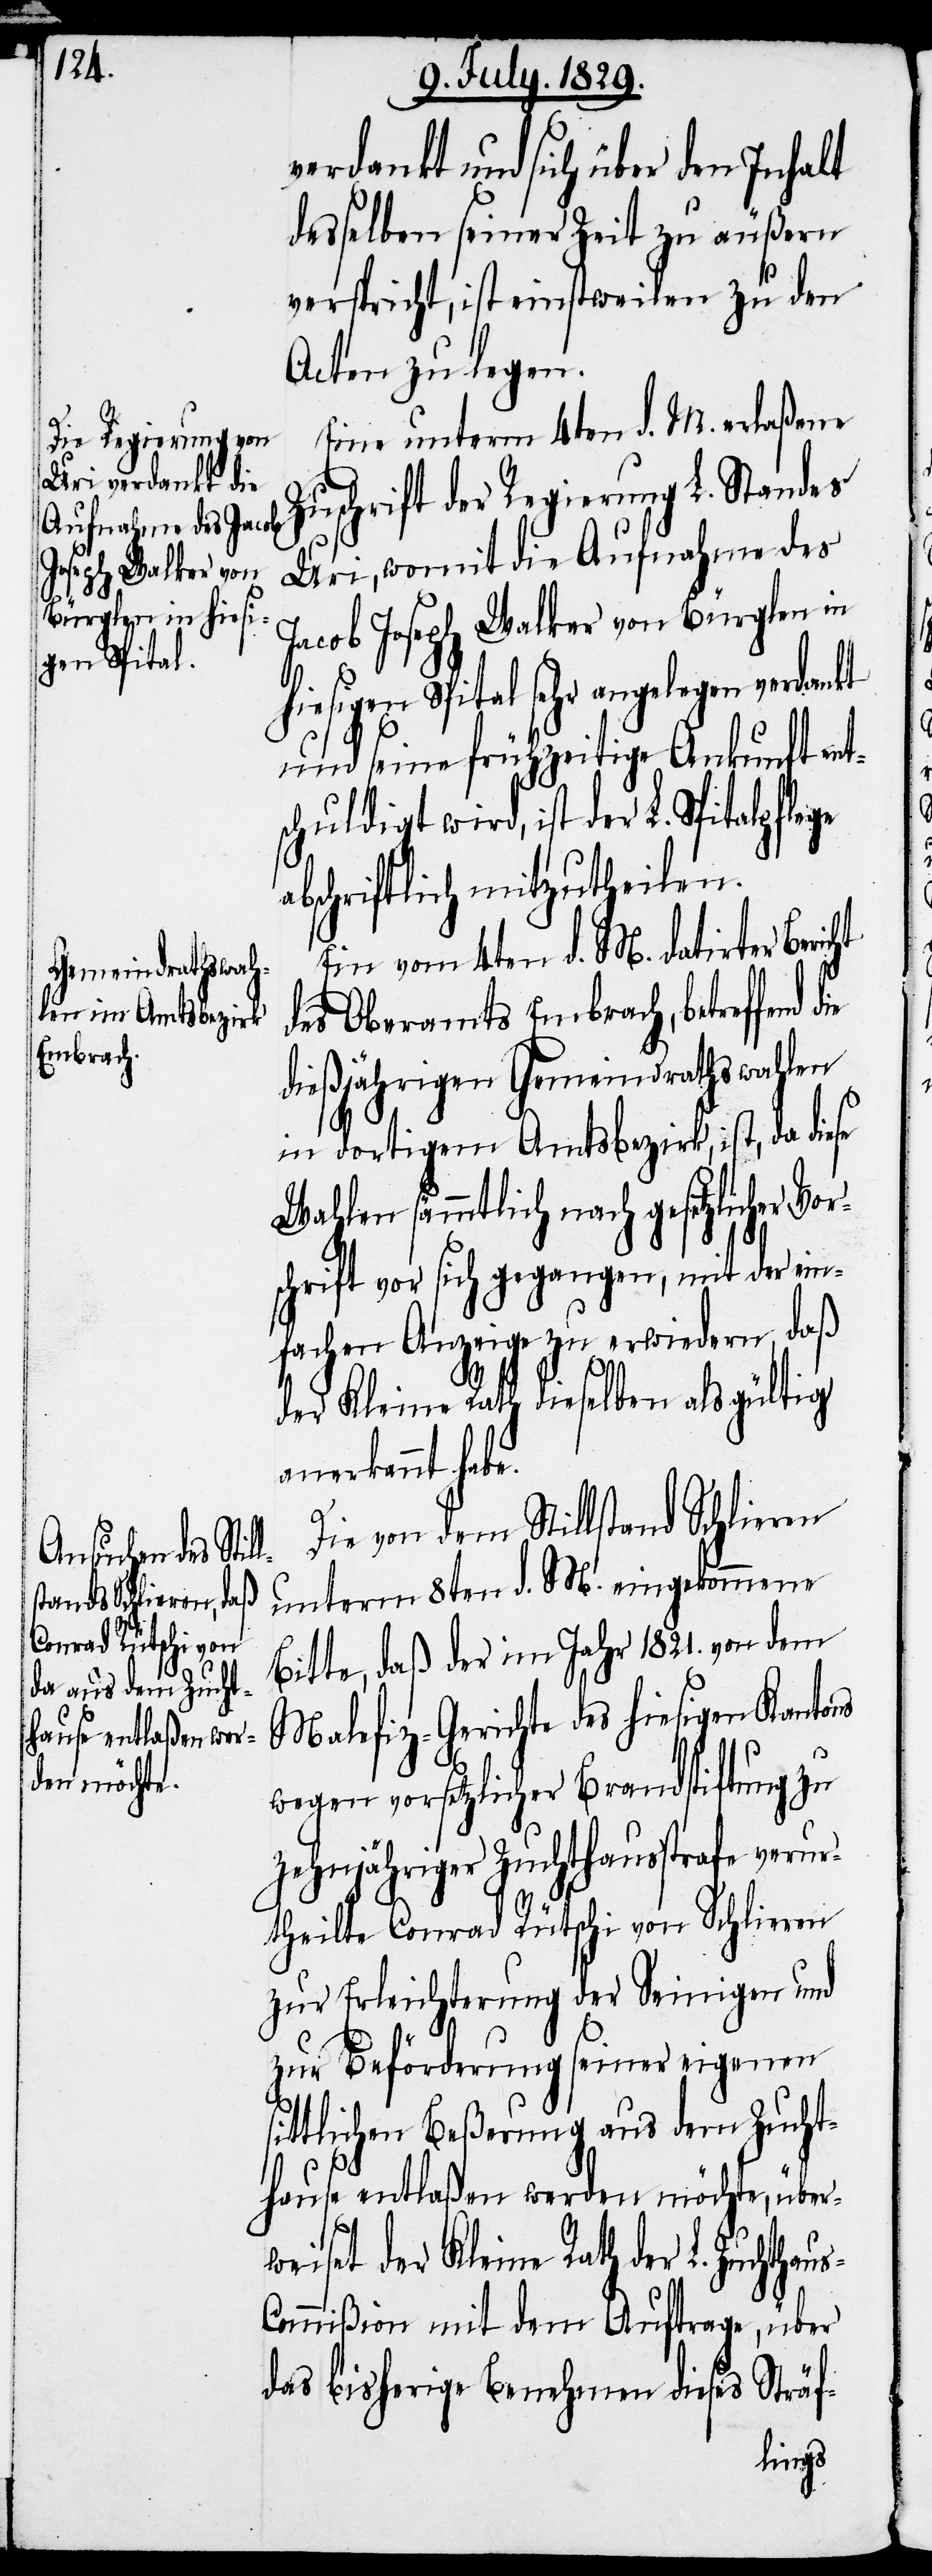
us-C¬

verdankt und sich über den Inhalt
desselben seiner Zeit zu äußern
verspricht, ist einstweilen zu den
Acten zu legen.
Eine unterm 4ten d. M. erlaßene
Zuschrift der Regierung L. Standes
Uri, womit die Aufnahme des
Jacob Joseph Walker von Bürglen in
igen Spital sehr angelegen
und seine frühzeitige Ankunft ent¬
schuldigt wird, ist der L. Spitalpflege
abschriftlich mitzutheilen.
Ein vom 4ten d. M. datirter Bericht
des Oberamts Embrach, betreffend
dießjährige Gemeindrathswahlen
in dortigem Amtsbezirk, ist, da diese
Wahlen sämmtlich nach gesetzlicher Vor¬
schrift vor sich gegangen, mit der ein¬
fachen Anzeige zu erwiedern, daß
der Kleine Rath dieselben als gültig
anerkannt habe.
Die von dem Stillstand Schlieren
unterm 8ten d. M. eingekommene
Bitte, daß der im Jahr 1821. von dem
Malefiz-Gerichte des hiesigen Kantons
wegen vorsetzlicher Brandstiftung zu
zehnjähriger Zuchthausstrafe verur¬
theilte Conrad Rütschi von Schlieren
zur Erleichterung der Seinigen und
zur Beförderung seiner eigenen
sittlichen Beßerung aus dem Zucht¬
hause entlaßen werden möchte, über¬
weiset der Kleine Rath der L. Zuchtha¬
ommißion mit dem Auftrage, über
das bisherige Benehmen dieses Sträf-
hies¬